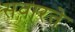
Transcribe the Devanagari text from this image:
सवारते